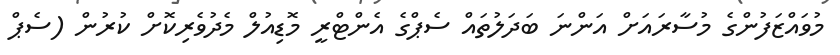
މުވައްޒަފުންގެ މުސާރައަށް އަންނަ ބަދަލުތައް ސެޕްގެ އެންޓްރީ މޮޑިއުލް މެދުވެރިކޮށް ކުރުން (ސެޕް